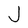
Character: J